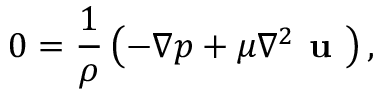
0 = \frac { 1 } { \rho } \left( - \nabla p + \mu { \nabla } ^ { 2 } \textbf { u } \right) ,